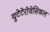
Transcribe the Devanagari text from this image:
युटेटेरोवेसिकल